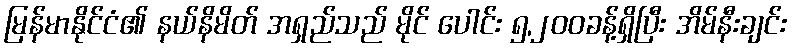
မြန်မာနိုင်ငံ၏ နယ်နိမိတ် အရှည်သည် မိုင် ပေါင်း ၅,၂၀၀ခန့်ရှိပြီး အိမ်နီးချင်း